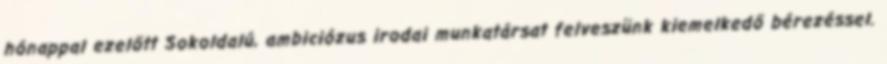
hónappal ezelőtt Sokoldalú, ambiciózus irodai munkatársat felveszünk kiemelkedő bérezéssel.